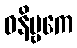
ဝနိဗ္ဗကေ